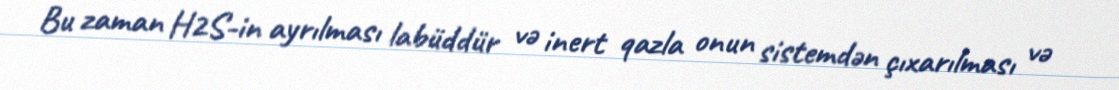
Bu zaman H2S-in ayrılması labüddür və inert qazla onun sistemdən çıxarılması və